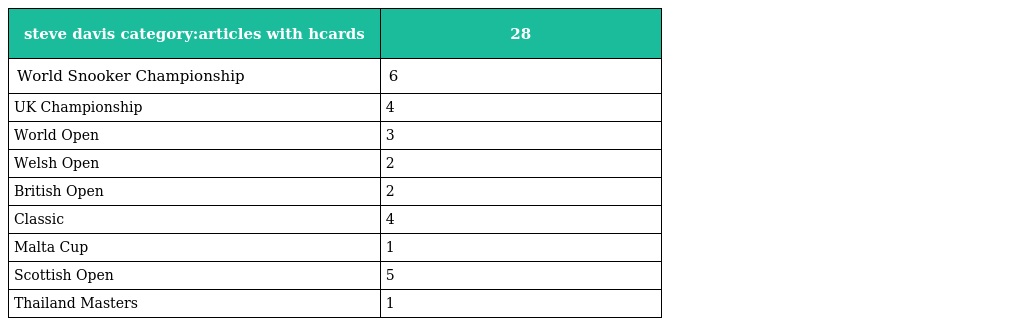
| steve davis category:articles with hcards | 28 |
 | --- | --- |
 | World Snooker Championship | 6 |
 | UK Championship | 4 |
 | World Open | 3 |
 | Welsh Open | 2 |
 | British Open | 2 |
 | Classic | 4 |
 | Malta Cup | 1 |
 | Scottish Open | 5 |
 | Thailand Masters | 1 |